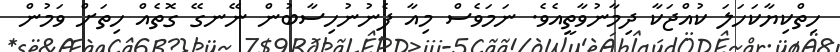
ހިތްކިޔާކަހަލަ ކުއްޖަކާ ދިމާނުވާތީއެވެ. ނަމަވެސް މިއާ ފެނުނުހިސާބުން ނޭނގޭ ގޮތެއް ހިތަށް ވަމުން